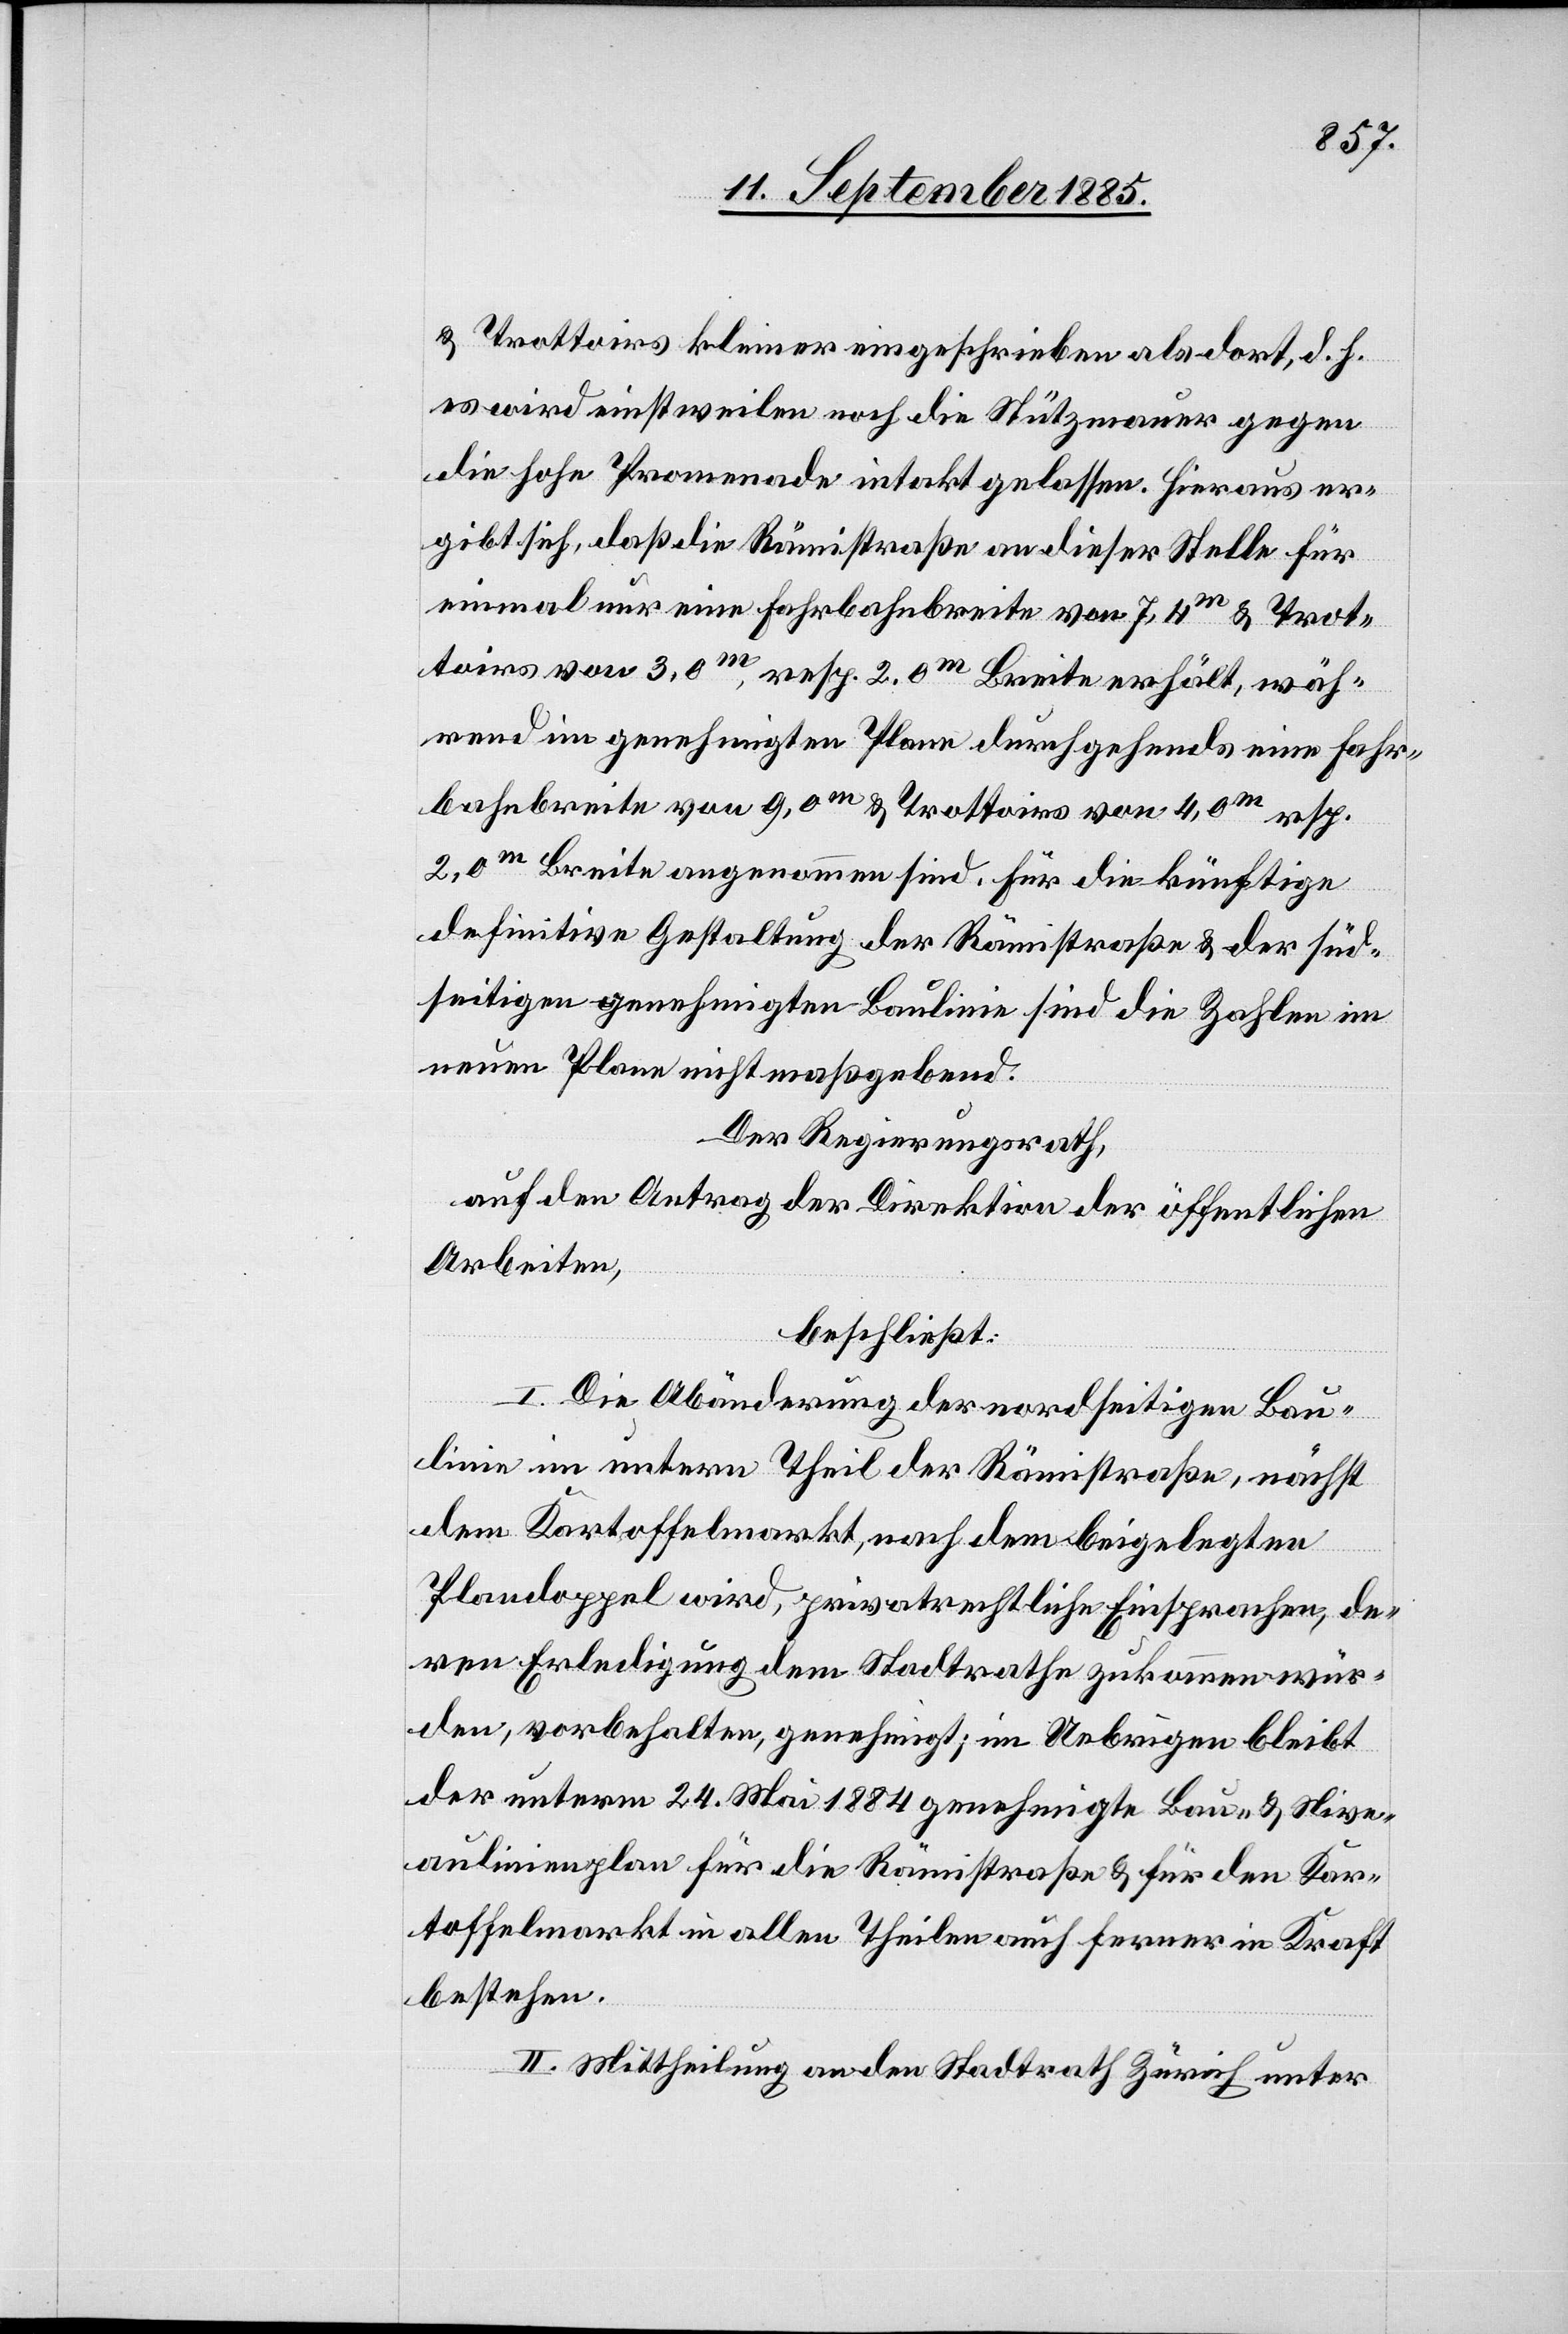
& Trottoirs kleiner eingeschrieben als dort, d. h.
es wird einstweilen noch die Stützmauer gegen
die hohe Promenade intakt gelassen. Hieraus er¬
gibt sich, daß die Rämistraße an dieser Stelle für
einmal nur eine Fahrbahnbreite von 7,4m & Trot¬
toirs von 3,0m, resp. 2,0m Breite erhält, wäh¬
rend im genehmigten Plane durchgehends eine Fahr¬
bahnbreite von 9,0m & Trottoirs von 4,0m resp.
2,0m Breite angenommen sind. Für die künftige
definitive Gestaltung der Rämistraße & der süd¬
seitigen genehmigten Baulinie sind die Zahlen im
neuen Plane nicht maßgebend.
Der Regierungsrath,
auf den Antrag der Direktion der öffentlichen
Arbeiten,
beschließt:
I. Die Abänderung der nordseitigen Bau¬
linie im untern Theil der Rämistraße, nächst
dem Kartoffelmarkt, nach dem beigelegten
Plandoppel wird, privatrechtliche Einsprachen, de¬
ren Erledigung dem Stadtrathe zukommen wür¬
den, vorbehalten, genehmigt; im Uebrigen bleibt
der unterm 24. Mai 1884 genehmigte Bau- & Nive¬
aulinienplan für die Rämistraße & für den Kar¬
toffelmarkt in allen Theilen auch ferner in Kraft
bestehen.
II. Mittheilung an den Stadtrath Zürich unter